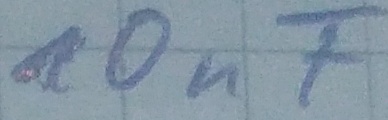
Text: 10nF